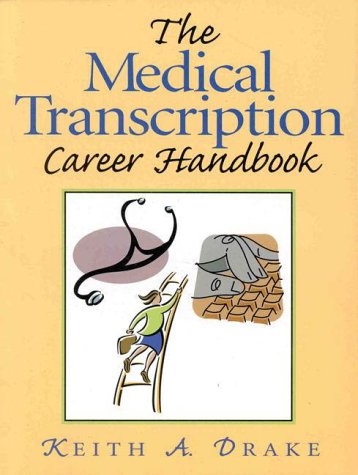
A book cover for The Medical Transcription Career Handbook; Keith A. Drake; Medical Books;